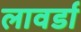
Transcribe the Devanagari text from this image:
लावर्डा